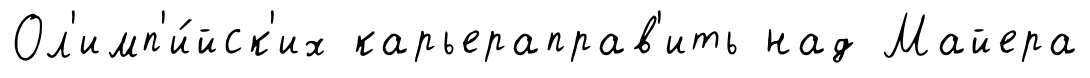
Ол'имп'и́йск'их карьераправ'ить над Майера